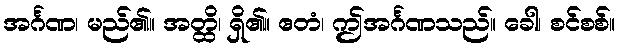
အင်္ဂဏ၊ မည်၏။ အတ္ထိ၊ ရှိ၏။ ဧတံ၊ ဤအင်္ဂဏသည်။ ခေါ၊ စင်စစ်။